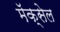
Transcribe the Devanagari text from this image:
मॅक्‍सेल